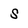
Character: S